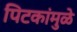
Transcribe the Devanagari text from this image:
पिटकांमुळे